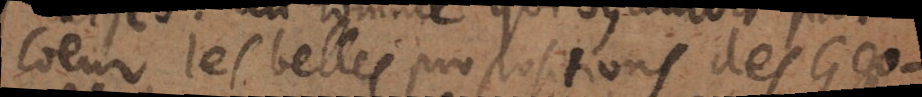
coeur les belles propositions des Geo-